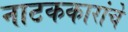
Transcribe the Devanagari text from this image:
नाटककारांचे